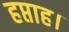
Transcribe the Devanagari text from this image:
हप्ताह।